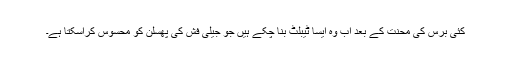
کئی برس کی محنت کے بعد اب وہ ایسا ٹیبلٹ بنا چکے ہیں جو جیلی فش کی پھسلن کو محسوس کراسکتا ہے۔